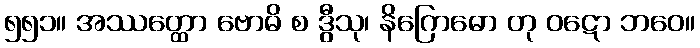
၅၅၁။ အဿတ္ထော ဗောဓိ စ ဒွီသု၊ နိဂြောဓော တု ဝဋော ဘဝေ။